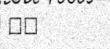
٣٧